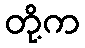
တို့က